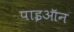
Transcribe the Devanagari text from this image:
पाइऑन